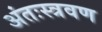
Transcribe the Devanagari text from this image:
अंतःस्त्रवण